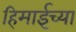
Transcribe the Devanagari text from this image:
हिमाईच्या